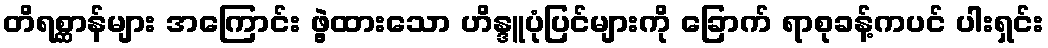
တိရစ္ဆာန်များ အကြောင်း ဖွဲ့ထားသော ဟိန္ဒူပုံပြင်များကို ခြောက် ရာစုခန့်ကပင် ပါးရှင်း